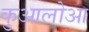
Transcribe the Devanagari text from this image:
कुआलोआ